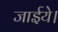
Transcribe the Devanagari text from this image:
जाईये।